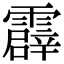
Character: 霹